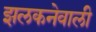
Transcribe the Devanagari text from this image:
झलकनेवाली